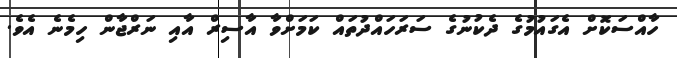
ހާއްސަކޮށް އެގައުމުގެ ދެކުނުގެ ސަރަހައްދުތައް ކަމަށްވާ އާސިރް އާއި ނަރްޖާން ހިމެނެ އެވެ.